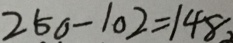
2 5 0 - 1 0 2 = 1 4 8